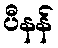
ပီနန်